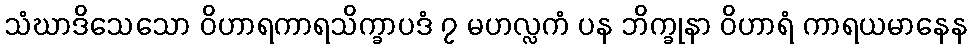
သံဃာဒိသေသော ဝိဟာရကာရသိက္ခာပဒံ ၇ မဟလ္လကံ ပန ဘိက္ခုနာ ဝိဟာရံ ကာရယမာနေန